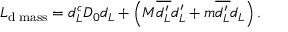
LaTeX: { \cal L } _ { \mathrm { d } \; \mathrm { m a s s } } = d _ { L } ^ { c } D _ { 0 } d _ { L } + \left( M \overline { { { d _ { L } ^ { \prime } } } } d _ { L } ^ { \prime } + m \overline { { { d _ { L } ^ { \prime } } } } d _ { L } \right) .